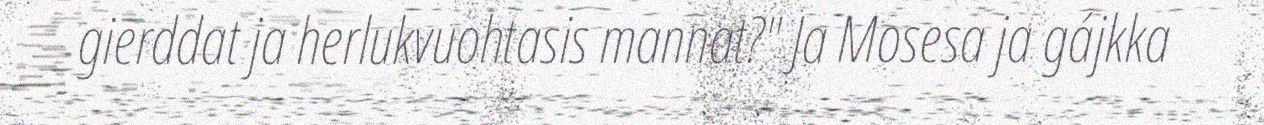
gierddat ja herlukvuohtasis mannat?" Ja Mosesa ja gájkka